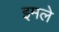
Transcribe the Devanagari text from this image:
इमले